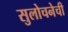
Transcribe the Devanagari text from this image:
सुलोचनेची